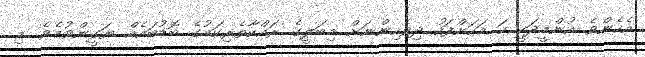
އެހެންވެ އުންމީދަކީ ހަ މަހަށްފަހު ދިވެހިންނަށް މިބަލީގެ ރައްކާތެރިކަމުގެ ބޮޑުބައެއް ޔަގީންވުމެވެ. މި